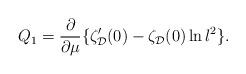
LaTeX: \begin{align*}Q_1 = \frac{\partial}{\partial\mu} \{\zeta_{\cal D}'(0) -\zeta_{\cal D}(0)\ln l^2 \}. \end{align*}